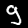
Label: 9